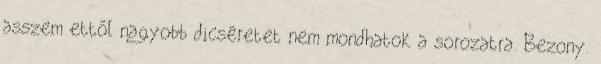
asszem ettől nagyobb dicséretet nem mondhatok a sorozatra. Bezony.